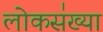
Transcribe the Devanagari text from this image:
लोकस॑ख्या